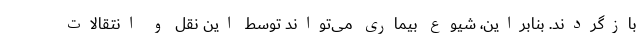
بازگردند. بنابراین، شیوع بیماری می‌تواند توسط این نقل و انتقالات